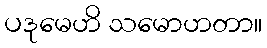
ပဒုမေဟိ သမောဟတာ။